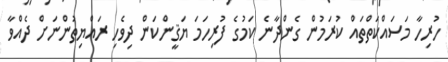
ހުރިހާ މަސައްކަތްތައް ކުރަމުން ގެންދާނެ ކަމުގެ ފުރިހަމަ ޔަޤީންކަން ދިވެހި ރައްޔިތުންނަށް ދެއްވާ